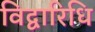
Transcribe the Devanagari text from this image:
विद्वारिधि